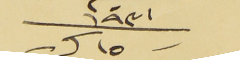
١٥ ك سنة ١٩٣١